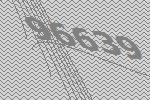
96639